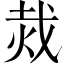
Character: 烖